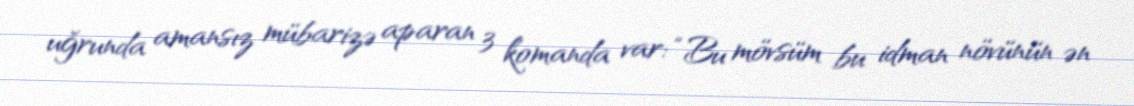
uğrunda amansız mübarizə aparan 3 komanda var: “Bu mövsüm bu idman növünün ən